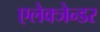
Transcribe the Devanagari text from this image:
एलेक्जेन्डर